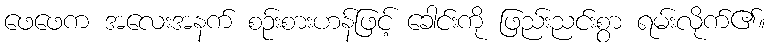
ဖေဖေက အလေးအနက် စဉ်းစားဟန်ဖြင့် ခေါင်းကို ဖြည်းညင်းစွာ ရမ်းလိုက်၏။